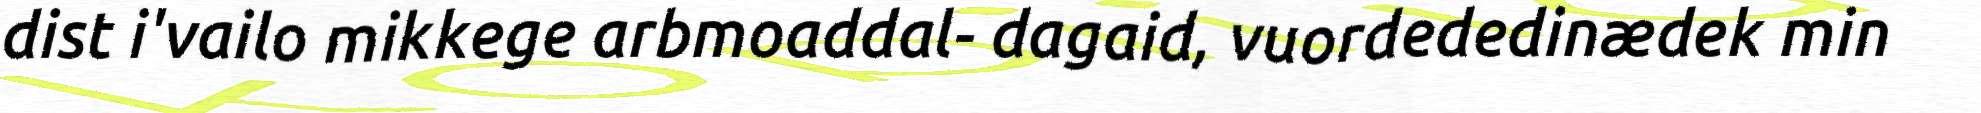
dist i'vailo mikkege arbmoaddal- dagaid, vuordededinædek min